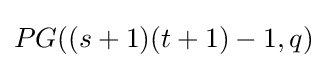
PG((s+1)(t+1)-1,q)